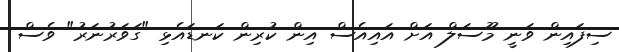
ސިފައިން ވަނީ މޫސަލް އަށް އައިއެސް އިން ކުރިން ކަނޑައެޅި "ގަވަރުނަރު" ވެސް